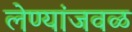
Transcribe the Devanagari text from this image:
लेण्यांजवळ